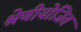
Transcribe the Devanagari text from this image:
श्रेणीयोजित